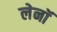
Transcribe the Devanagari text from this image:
लेनॉ